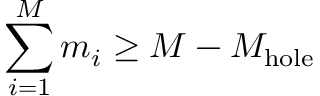
\sum _ { i = 1 } ^ { M } m _ { i } \geq M - M _ { \mathrm { h o l e } }